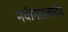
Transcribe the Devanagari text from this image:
नवीनतावादी।